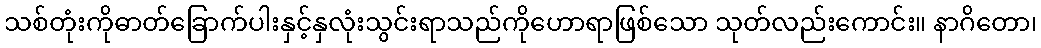
သစ်တုံးကိုဓာတ်ခြောက်ပါးနှင့်နှလုံးသွင်းရာသည်ကိုဟောရာဖြစ်သော သုတ်လည်းကောင်း။ နာဂိတော၊